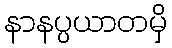
နာနပ္ပယာတမှိ